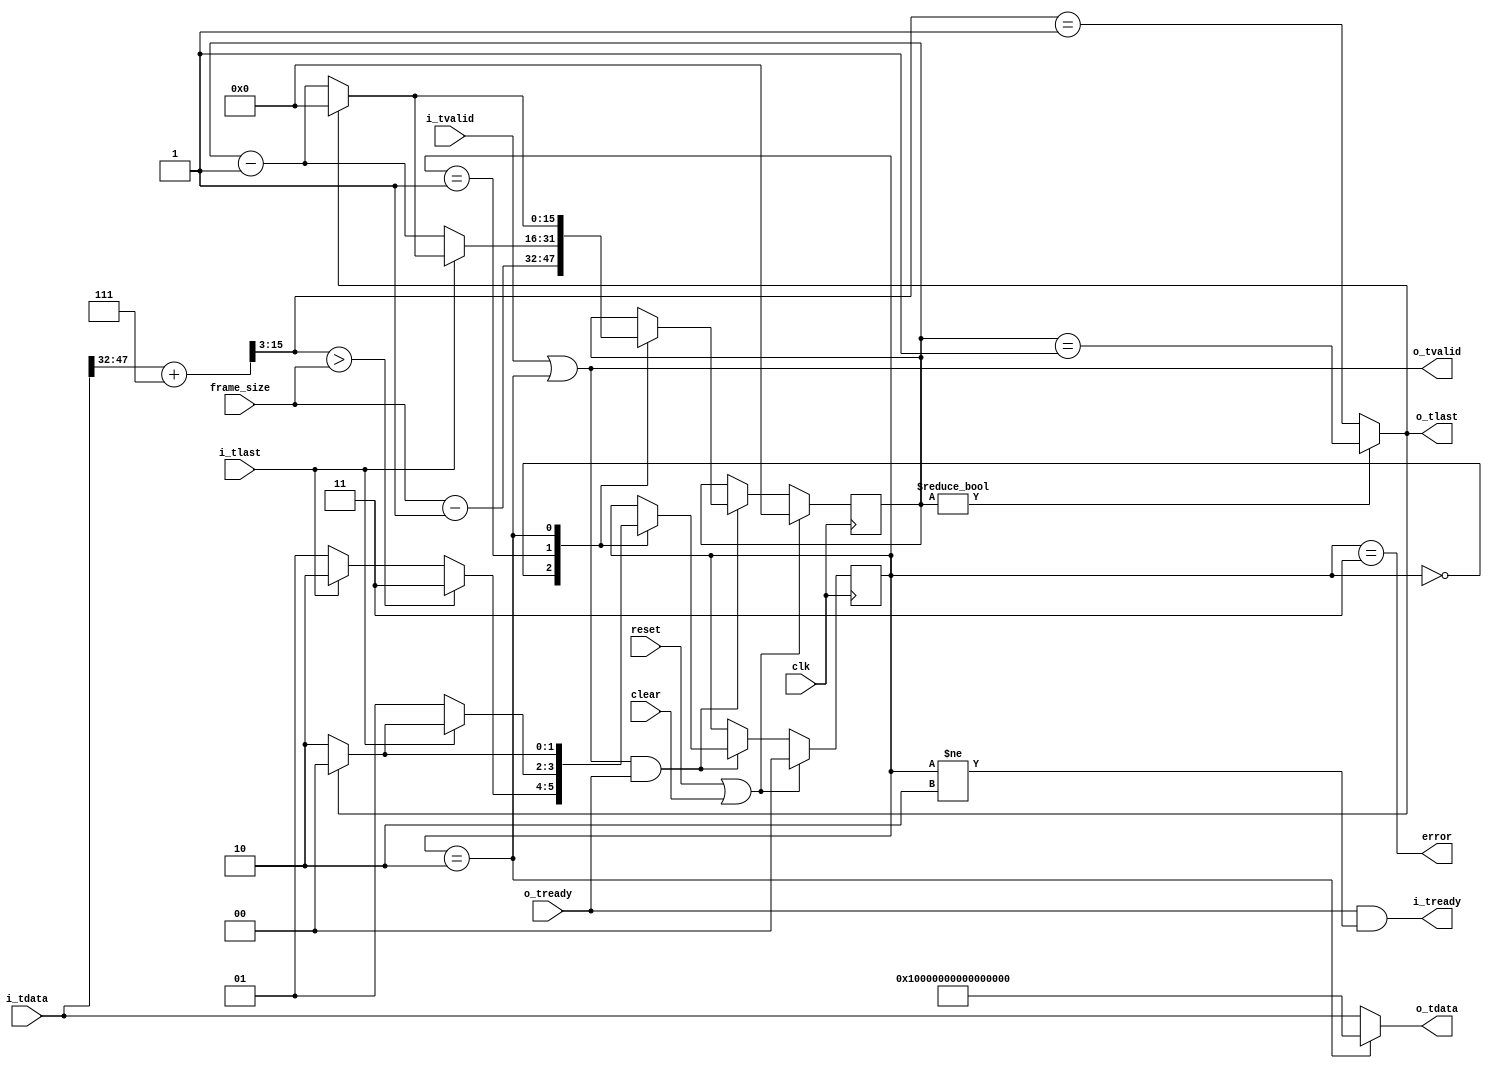
//
// Copyright 2013 Ettus Research LLC
//

// Quantize cvita packets to a configurable quantum value. o_tlast and 
// i_tready will be held off until the entire quantized packet is xferred. 
// If quantum is changed, it is the responsibility of the client to clear
// this module. error is asserted if a packet is larger than the quantum
// error can be reset by asserting reset or clear.

module cvita_chunker # (
   parameter PAD_VALUE = 64'hFFFFFFFF_FFFFFFFF
) (
   input          clk,
   input          reset,
   input          clear,
   input [15:0]   frame_size,

   input [63:0]   i_tdata,
   input          i_tlast,
   input          i_tvalid,
   output         i_tready,
   
   output [63:0]  o_tdata,
   output         o_tlast,
   output         o_tvalid,
   input          o_tready,
   
   output         error
);

   localparam ST_HEADER  = 2'd0;
   localparam ST_DATA    = 2'd1;
   localparam ST_PADDING = 2'd2;
   localparam ST_ERROR   = 2'd3;

   reg [1:0]   state;
   reg [15:0]  frame_rem;

   wire [15:0] cvita_len_ceil = i_tdata[47:32] + 7;
   wire [15:0] axi_len = {3'b000, cvita_len_ceil[15:3]};

   always @(posedge clk) begin
      if (reset | clear) begin
         state <= ST_HEADER;
         frame_rem <= 16'd0;
      end else if (o_tvalid & o_tready) begin
         case (state)
            ST_HEADER: begin
               if (axi_len > frame_size)
                  state <= ST_ERROR;
               else if (i_tlast)
                  state <= ST_PADDING;
               else
                  state <= ST_DATA;
                  
               frame_rem <= frame_size - 16'd1;
            end

            ST_DATA: begin
               if (i_tlast) begin
                  state   <= o_tlast ? ST_HEADER : ST_PADDING;
                  frame_rem <= o_tlast ? 16'd0 : (frame_rem - 16'd1);
               end else begin
                  state <= ST_DATA;
                  frame_rem <= frame_rem - 16'd1;
               end
            end

            ST_PADDING: begin
               if (o_tlast) begin
                  state   <= ST_HEADER;
                  frame_rem <= 16'd0;
               end else begin
                  state   <= ST_PADDING;
                  frame_rem <= frame_rem - 16'd1;
               end
            end
         endcase
      end
   end

   assign i_tready = o_tready & (state != ST_PADDING);
   
   assign o_tvalid = i_tvalid | (state == ST_PADDING);
   assign o_tlast = (frame_rem != 0) ? (frame_rem == 16'd1) : (axi_len == 16'd1);
   assign o_tdata = (state == ST_PADDING) ? PAD_VALUE : i_tdata;

   assign error = (state == ST_ERROR);

endmodule // cvita_chunker